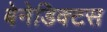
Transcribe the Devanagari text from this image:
बेनेडिक्टस